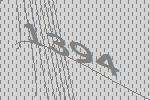
1394